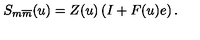
S _ { m \overline { { m } } } ( u ) = Z ( u ) \left( I + F ( u ) e \right) .